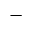
-